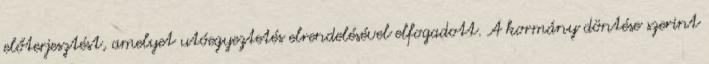
előterjesztést, amelyet utóegyeztetés elrendelésével elfogadott. A kormány döntése szerint